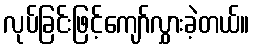
လုပ်ခြင်းဖြင့်ကျော်လွှားခဲ့တယ်။